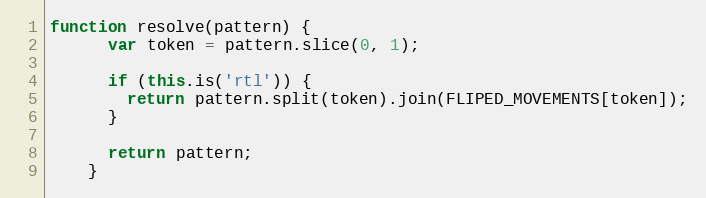
Language: JavaScript
function resolve(pattern) {
      var token = pattern.slice(0, 1);

      if (this.is('rtl')) {
        return pattern.split(token).join(FLIPED_MOVEMENTS[token]);
      }

      return pattern;
    }